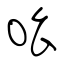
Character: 吆